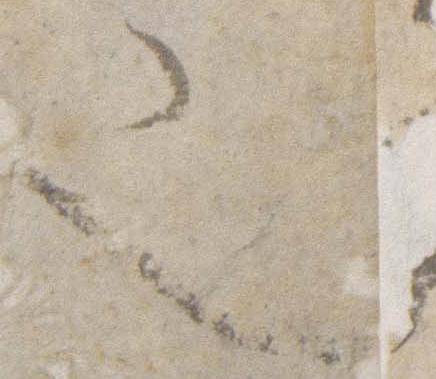
也